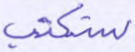
ستكتب